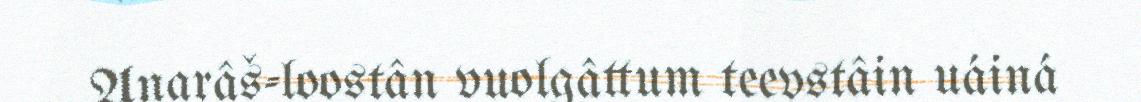
Anarâš-loostân vuolgâttum teevstâin uáiná